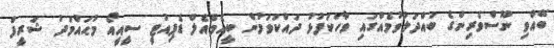
ބޭއްވި ނޫސްވެރިންގެ ބައްދަލުވުމެއްގައި ވާހަކަފުޅު ދައްކަވަމުން ބީއެމްއެލް ޑެޕިއުޓީ ސީއީއޯ މުޙައްމަދު ޝަރީފް